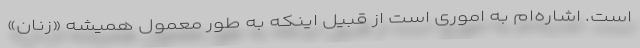
است. اشاره‌ام به اموری است از قبیل اینکه به طور معمول همیشه «زنانِ»